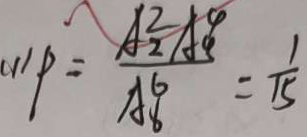
P = \frac { A _ { 2 } ^ { 2 } A _ { 4 } ^ { 4 } } { A _ { 6 } ^ { 6 } } = \frac { 1 } { 1 5 }